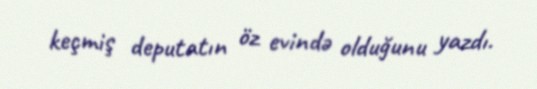
keçmiş deputatın öz evində olduğunu yazdı.